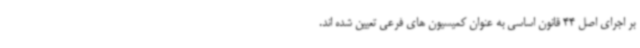
بر اجرای اصل 44 قانون اساسی به عنوان کمیسیون های فرعی تعیین شده اند.